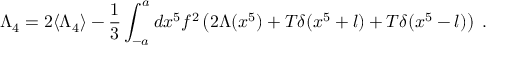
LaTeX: \Lambda _ { 4 } = 2 \langle \Lambda _ { 4 } \rangle - \frac { 1 } { 3 } \int _ { - a } ^ { a } d x ^ { 5 } f ^ { 2 } \left( 2 \Lambda ( x ^ { 5 } ) + T \delta ( x ^ { 5 } + l ) + T \delta ( x ^ { 5 } - l ) \right) \; .